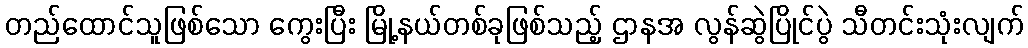
တည်ထောင်သူဖြစ်သော ကွေးပြီး မြို့နယ်တစ်ခုဖြစ်သည့် ဌာနအ လွန်ဆွဲပြိုင်ပွဲ သီတင်းသုံးလျက်